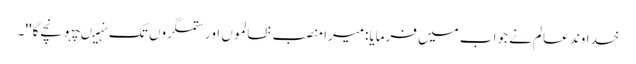
خدا وند عالم نے جواب میں فرمایا:میرا منصب ظالموں اور ستمگروں تک نہیںپہونچے گا'' ۔